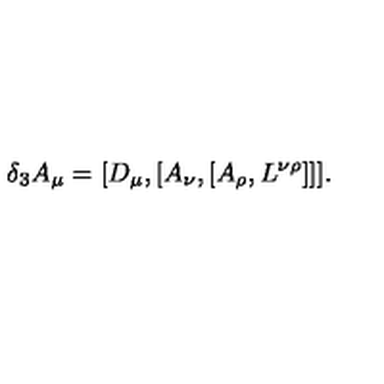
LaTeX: \delta _ { 3 } A _ { \mu } = [ D _ { \mu } , [ A _ { \nu } , [ A _ { \rho } , L ^ { \nu \rho } ] ] ] .